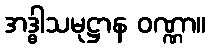
အဒ္ဓါသမုဋ္ဌာန ဝဏ္ဏာ။